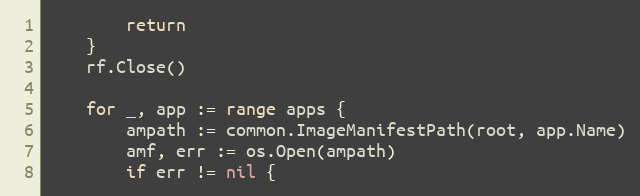
Language: Go
		return
	}
	rf.Close()

	for _, app := range apps {
		ampath := common.ImageManifestPath(root, app.Name)
		amf, err := os.Open(ampath)
		if err != nil {